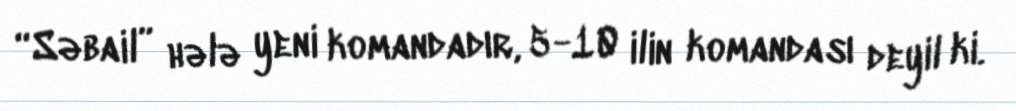
“Səbail” hələ yeni komandadır, 5-10 ilin komandası deyil ki.